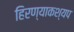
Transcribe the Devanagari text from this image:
हिरण्याकश्यप